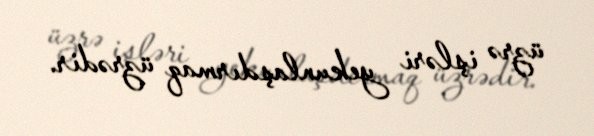
üzrə işləri yekunlaşdırmaq üzrədir.